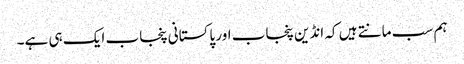
ہم سب مانتے ہیں کہ انڈین پنجاب اور پاکستانی پنجاب ایک ہی ہے۔